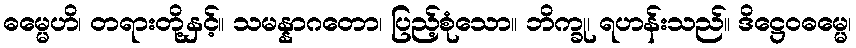
ဓမ္မေဟိ၊ တရားတို့နှင့်။ သမန္နာဂတော၊ ပြည့်စုံသော။ ဘိက္ခု၊ ရဟန်းသည်။ ဒိဋ္ဌေဝဓမ္မေ၊